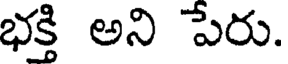
భక్తి అని పేరు.